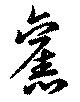
旧